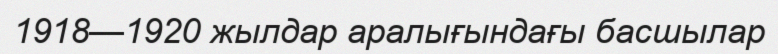
1918—1920 жылдар аралығындағы басшылар